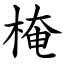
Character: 㭺